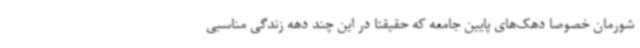
شورمان خصوصا دهک‌های پایین جامعه که حقیقتا در این چند دهه زندگی مناسبی